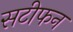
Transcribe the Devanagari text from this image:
सटीफन